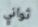
ثواني